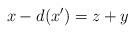
LaTeX: \begin{align*}x-d(x')=z+y\end{align*}